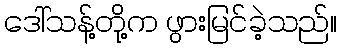
ဒေါ်သန့်တို့က ဖွားမြင်ခဲ့သည်။